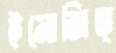
ইমোজিত্